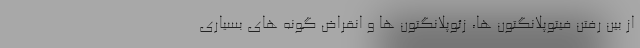
از بین رفتن فیتوپلانگتون ها، زئوپلانگتون ها و انقراض گونه های بسیاری